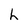
Character: h